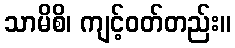
သာမိစိ၊ ကျင့်ဝတ်တည်း။